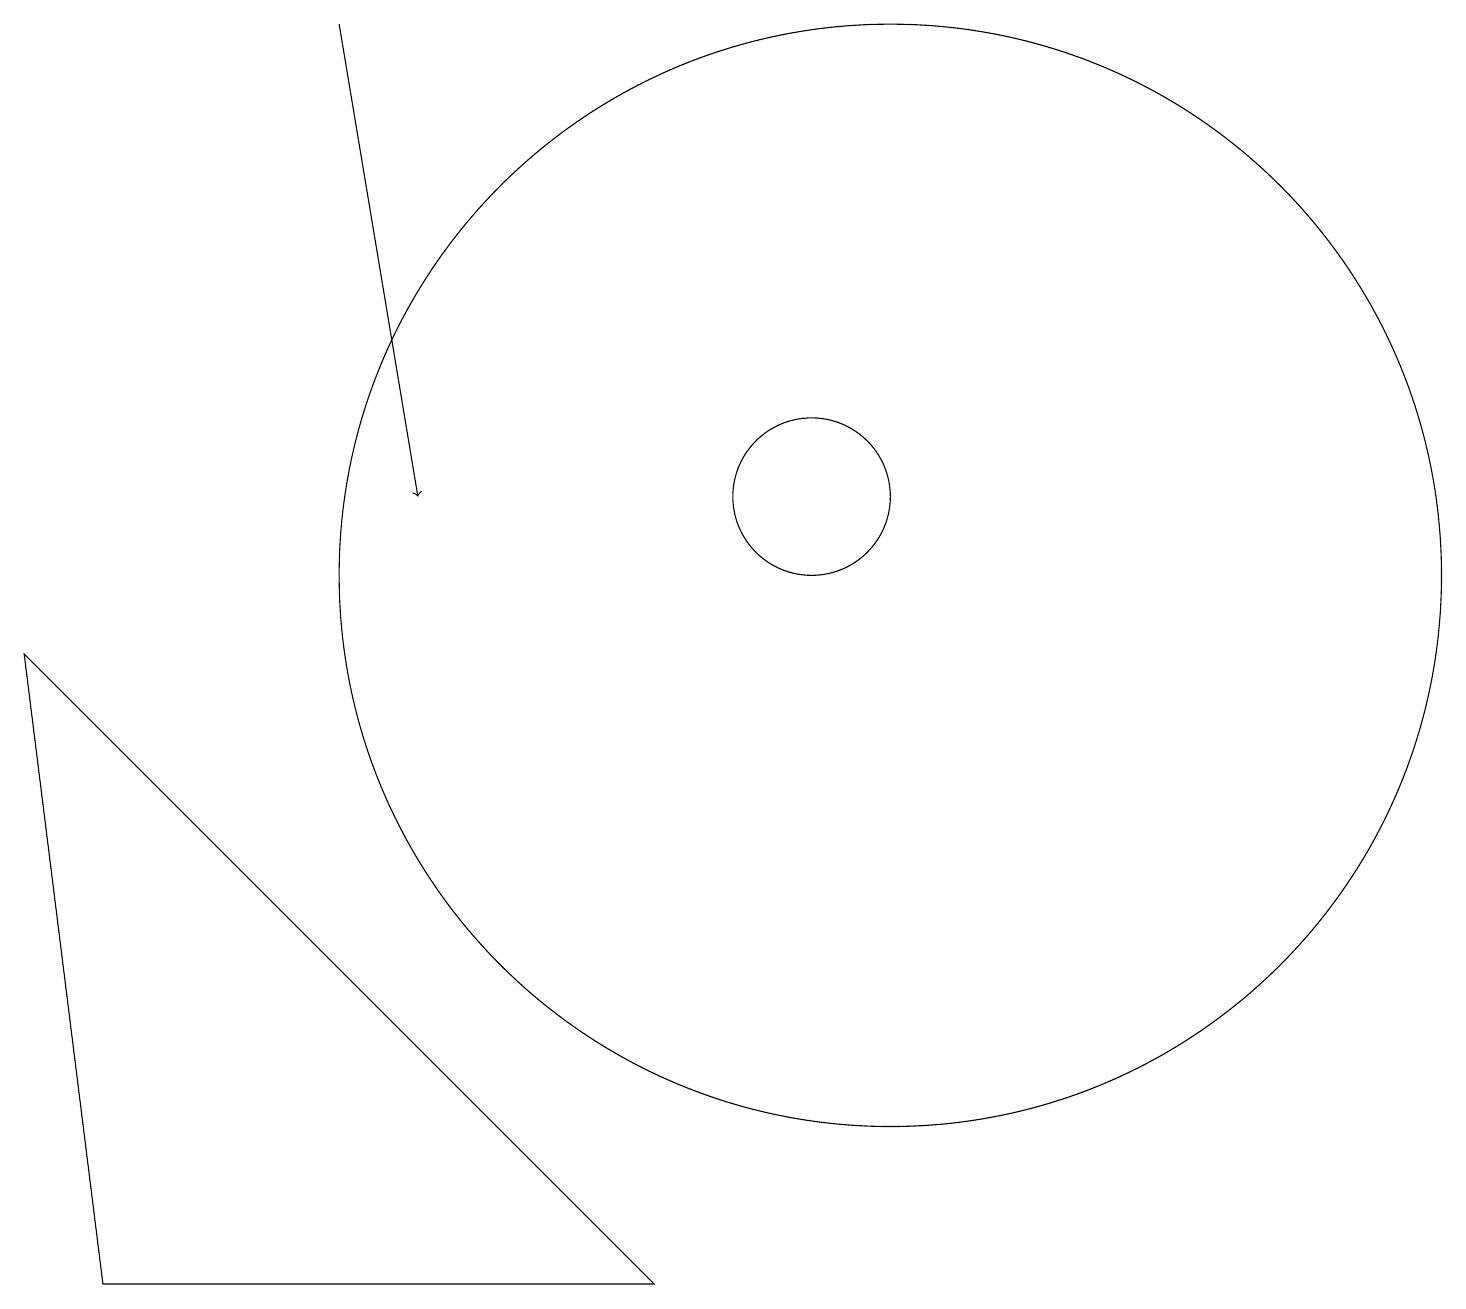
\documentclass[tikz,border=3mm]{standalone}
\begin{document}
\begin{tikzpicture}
\draw[->] (4,17) -- (5,11);
\draw (10,11) circle (1);
\draw (11,10) circle (7);
\draw (1,1) -- (8,1) -- (0,9) -- cycle;
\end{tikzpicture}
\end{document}